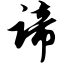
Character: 谛